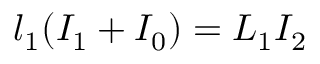
l _ { 1 } ( I _ { 1 } + I _ { 0 } ) = L _ { 1 } I _ { 2 }